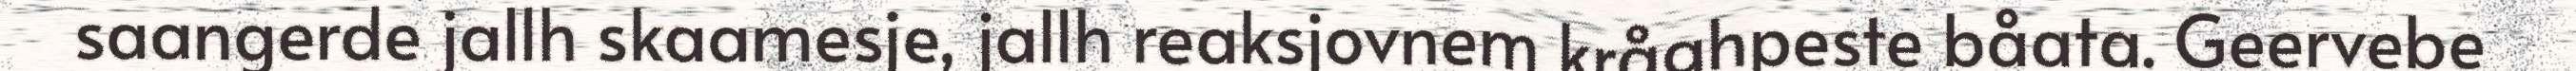
saangerde jallh skaamesje, jallh reaksjovnem kråahpeste båata. Geervebe